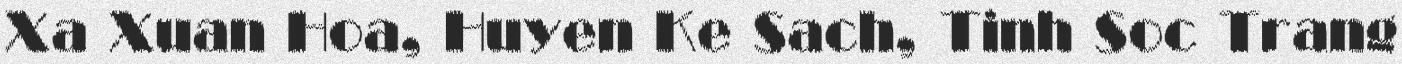
Xa Xuan Hoa, Huyen Ke Sach, Tinh Soc Trang